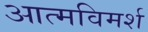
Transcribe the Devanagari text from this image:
आत्मविमर्श